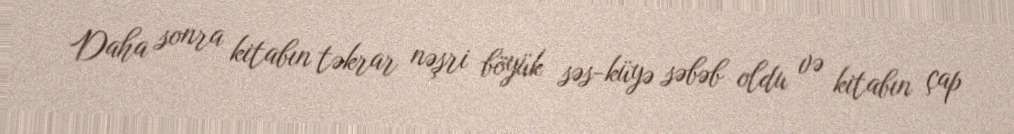
Daha sonra kitabın təkrar nəşri böyük səs-küyə səbəb oldu və kitabın çap